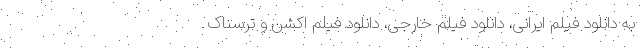
به دانلود فیلم ایرانی، دانلود فیلم خارجی، دانلود فیلم اکشن و ترسناک